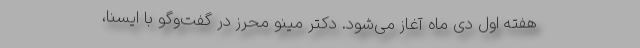
هفته اول دی ماه آغاز می‌شود. دکتر مینو محرز در گفت‌وگو با ایسنا،